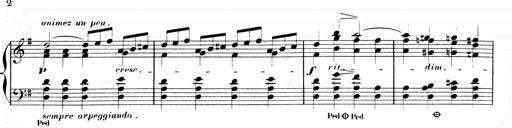
Title: Les SabÃ©ennes
Composer: Franz Liszt